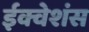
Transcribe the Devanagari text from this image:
ईक्वेशंस